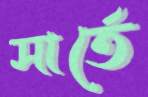
সার্তে